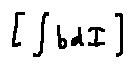
[ \int b d I ]